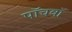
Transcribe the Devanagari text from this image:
पाॅचवाॅ